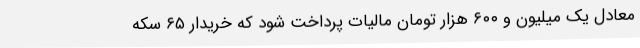
معادل یک میلیون و ۶۰۰ هزار تومان مالیات پرداخت شود که خریدار ۶۵ سکه